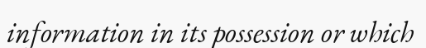
information in its possession or which